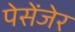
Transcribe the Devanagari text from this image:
पेसेंजेर